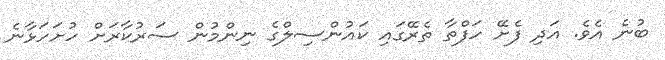
ބުނެ އެވެ. އަދި ފެށޭ ހަފްތާ ތެރޭގައި ކައުންސިލްގެ ނިންމުން ސަރުކާރަށް ހުށަހަޅާނެ